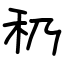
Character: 䄧